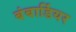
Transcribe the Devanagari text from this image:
बंबार्डियर